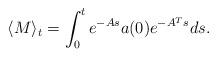
LaTeX: \begin{align*}\langle M\rangle_t=\int_0^te^{-As}a(0)e^{-A^Ts}ds.\end{align*}